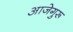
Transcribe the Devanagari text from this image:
आजेगुरू